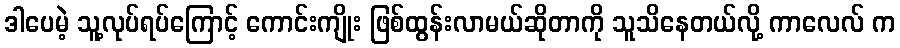
ဒါပေမဲ့ သူ့လုပ်ရပ်ကြောင့် ကောင်းကျိုး ဖြစ်ထွန်းလာမယ်ဆိုတာကို သူသိနေတယ်လို့ ကာလေလ် က